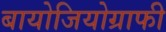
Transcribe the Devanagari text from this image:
बायोजियोग्राफी